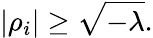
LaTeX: |\rho_{i}|\geq\sqrt{-\lambda}.